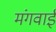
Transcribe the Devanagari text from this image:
मंगवाईं